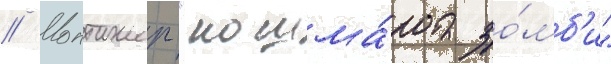
// Монтажер "кошма́ра зо́мб'и"